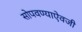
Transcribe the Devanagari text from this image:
सोपवण्याऐवजी